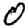
Digit: 0